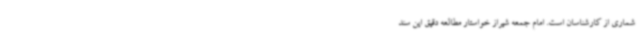
شماری از کارشناسان است. امام جمعه شیراز خواستار مطالعه دقیق این سند